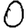
Digit: 0